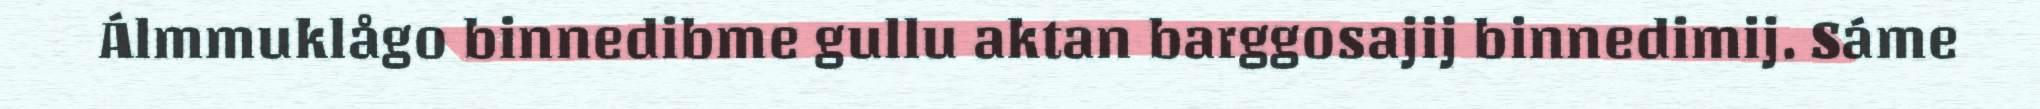
Álmmuklågo binnedibme gullu aktan barggosajij binnedimij. Sáme